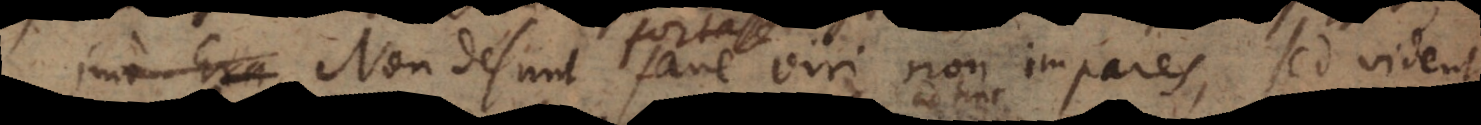
Non desunt sane viri non impares, sed vident